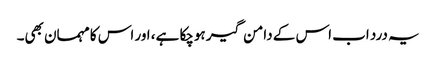
یہ درد اب اس کے دامن گیر ہوچکا ہے، اور اس کا مہمان بھی۔